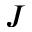
J